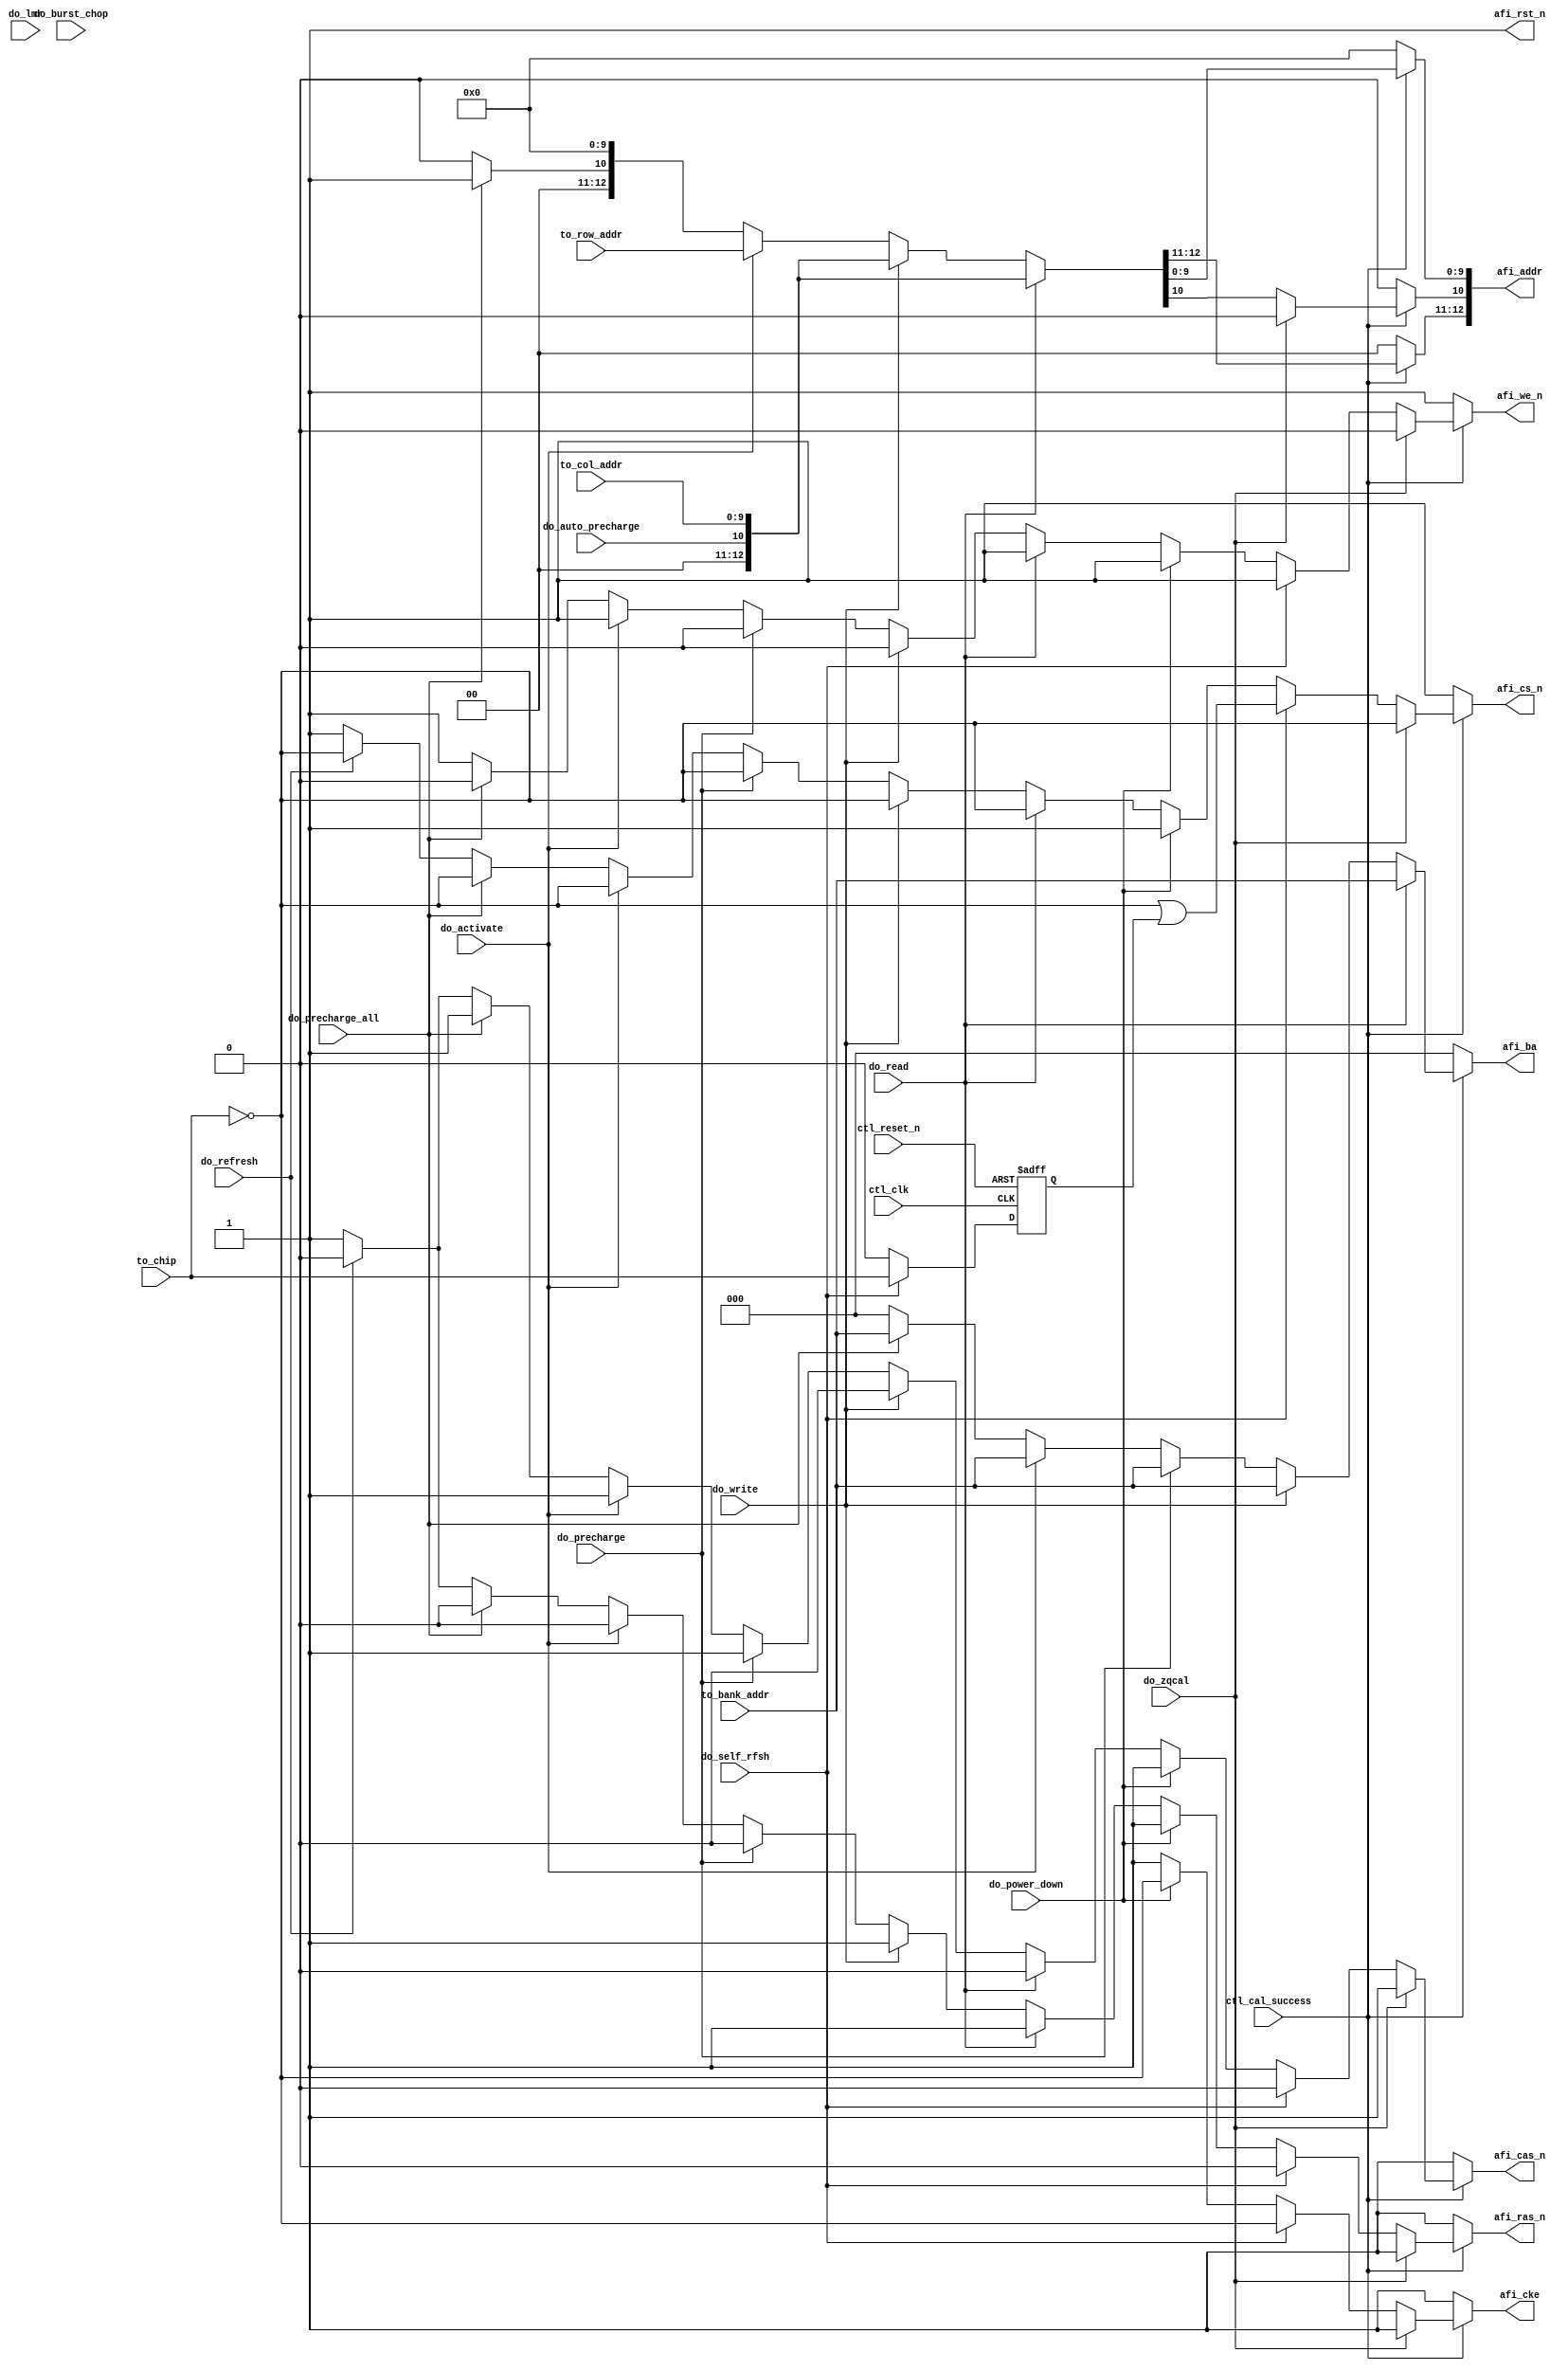
//Legal Notice: (C)2010 Altera Corporation. All rights reserved.  Your
//use of Altera Corporation's design tools, logic functions and other
//software and tools, and its AMPP partner logic functions, and any
//output files any of the foregoing (including device programming or
//simulation files), and any associated documentation or information are
//expressly subject to the terms and conditions of the Altera Program
//License Subscription Agreement or other applicable license agreement,
//including, without limitation, that your use is for the sole purpose
//of programming logic devices manufactured by Altera and sold by Altera
//or its authorized distributors.  Please refer to the applicable
//agreement for further details.

///////////////////////////////////////////////////////////////////////////////
// Title         : DDR controller address and command decoder
//
//
// Abstract      : Address and command decoder
///////////////////////////////////////////////////////////////////////////////

`timescale 1 ps / 1 ps
//__ACDS_USER_COMMENT__ altera message_off 10036
module alt_ddrx_addr_cmd
    # (parameter
    
        // memory interface bus sizing parameters
        MEM_IF_CS_WIDTH     = 1,
        MEM_IF_CKE_WIDTH    = 1,  // same width as CS_WIDTH
        MEM_IF_ADDR_WIDTH   = 13, // max supported address bits, must be >= row bits
        MEM_IF_ROW_WIDTH    = 13, // max supported row bits
        MEM_IF_COL_WIDTH    = 10, // max supported column bits  
        MEM_IF_BA_WIDTH     = 3,  // max supported bank bits
        MEM_TYPE            = "DDR2",
        MEM_IF_PCHADDR_BIT  = 10,
        CTL_OUTPUT_REGD     = 0,
        DWIDTH_RATIO        = 2
    
    )
    (
    
        ctl_clk,
        ctl_reset_n,
        ctl_cal_success,
        
        // state machine command inputs
        do_write,
        do_read,
        do_auto_precharge,
        do_burst_chop,
        do_activate,
        do_precharge,
        do_refresh,
        do_power_down,
        do_self_rfsh,
        do_lmr,
        do_precharge_all,
        do_zqcal,
        
        // address information
        to_chip, // active high input (one hot)
        to_bank_addr,
        to_row_addr,
        to_col_addr,
        
        //output
        afi_cke,
        afi_cs_n,
        afi_ras_n,
        afi_cas_n,
        afi_we_n,
        afi_ba,
        afi_addr,
        afi_rst_n
    );
    
    input ctl_clk;
    input ctl_reset_n;
    input ctl_cal_success;
    
    // state machine command inputs
    input do_write;
    input do_read;
    input do_auto_precharge;
    input do_burst_chop;
    input do_activate;
    input do_precharge;
    input do_refresh;
    input do_power_down;
    input do_self_rfsh;
    input do_lmr;
    input do_precharge_all;
    input do_zqcal;
    
    input   [MEM_IF_CS_WIDTH-1:0]   to_chip;
    input   [MEM_IF_BA_WIDTH-1:0]   to_bank_addr;
    input   [MEM_IF_ROW_WIDTH-1:0]  to_row_addr;
    input   [MEM_IF_COL_WIDTH-1:0]  to_col_addr;
    
    //output
    output  [(MEM_IF_CKE_WIDTH * (DWIDTH_RATIO/2)) - 1:0]   afi_cke;
    output  [(MEM_IF_CS_WIDTH * (DWIDTH_RATIO/2)) - 1:0]    afi_cs_n;
    output  [(DWIDTH_RATIO/2) - 1:0]                        afi_ras_n;
    output  [(DWIDTH_RATIO/2) - 1:0]                        afi_cas_n;
    output  [(DWIDTH_RATIO/2) - 1:0]                        afi_we_n;
    output  [(MEM_IF_BA_WIDTH * (DWIDTH_RATIO/2)) - 1:0]    afi_ba;
    output  [(MEM_IF_ADDR_WIDTH * (DWIDTH_RATIO/2)) - 1:0]  afi_addr;
    output  [(DWIDTH_RATIO/2) - 1:0]                        afi_rst_n;
    
    wire do_write;
    wire do_read;
    wire do_activate;
    wire do_precharge;
    wire do_refresh;
    wire do_power_down;
    wire do_self_rfsh;
    wire do_lmr;
    wire do_auto_precharge;
    wire do_precharge_all;
    
    wire    [(MEM_IF_CKE_WIDTH * (DWIDTH_RATIO/2)) - 1:0]   afi_cke;
    wire    [(MEM_IF_CS_WIDTH * (DWIDTH_RATIO/2)) - 1:0]    afi_cs_n;
    wire    [(DWIDTH_RATIO/2) - 1:0]                        afi_ras_n;
    wire    [(DWIDTH_RATIO/2) - 1:0]                        afi_cas_n;
    wire    [(DWIDTH_RATIO/2) - 1:0]                        afi_we_n;
    wire    [(MEM_IF_BA_WIDTH * (DWIDTH_RATIO/2)) - 1:0]    afi_ba;
    wire    [(MEM_IF_ADDR_WIDTH * (DWIDTH_RATIO/2)) - 1:0]  afi_addr;
    wire    [(DWIDTH_RATIO/2) - 1:0]                        afi_rst_n;
    
    reg [(MEM_IF_CKE_WIDTH) - 1:0]      int_cke;
    reg [(MEM_IF_CKE_WIDTH) - 1:0]      int_cke_r;
    reg [(MEM_IF_CS_WIDTH) - 1:0]       int_cs_n;
    reg                                 int_ras_n;
    reg                                 int_cas_n;
    reg                                 int_we_n;
    reg [(MEM_IF_BA_WIDTH) - 1:0]       int_ba;
    reg [(MEM_IF_ADDR_WIDTH) - 1:0]     int_addr;
    
    reg [(MEM_IF_CKE_WIDTH) - 1:0]      combi_cke;
    reg [(MEM_IF_CS_WIDTH) - 1:0]       combi_cs_n;
    reg                                 combi_ras_n;
    reg                                 combi_cas_n;
    reg                                 combi_we_n;
    reg [(MEM_IF_BA_WIDTH) - 1:0]       combi_ba;
    reg [(MEM_IF_ADDR_WIDTH) - 1:0]     combi_addr;
    
    wire    [(MEM_IF_ADDR_WIDTH) - 1:0] int_row;
    wire    [(MEM_IF_ADDR_WIDTH) - 1:0] temp_col;
    wire    [(MEM_IF_ADDR_WIDTH) - 1:0] int_col;

    reg [MEM_IF_CS_WIDTH-1:0]   chip_in_self_rfsh;
    
    assign int_row = {{(MEM_IF_ADDR_WIDTH - MEM_IF_ROW_WIDTH){1'b0}},to_row_addr};
    assign temp_col = {{(MEM_IF_ADDR_WIDTH - MEM_IF_COL_WIDTH){1'b0}},to_col_addr};
    assign afi_rst_n = {(DWIDTH_RATIO/2){1'b1}};
    
    generate
        if (MEM_TYPE == "DDR3" && MEM_IF_ADDR_WIDTH-3 < 11)
            assign int_col = {~do_burst_chop,temp_col[10:MEM_IF_PCHADDR_BIT],do_auto_precharge,temp_col[MEM_IF_PCHADDR_BIT-1:0]};
        else if (MEM_TYPE == "DDR3")
            assign int_col = {temp_col[MEM_IF_ADDR_WIDTH-3:11],~do_burst_chop,temp_col[10:MEM_IF_PCHADDR_BIT],do_auto_precharge,temp_col[MEM_IF_PCHADDR_BIT-1:0]};
        else if (MEM_IF_ADDR_WIDTH-2 < MEM_IF_PCHADDR_BIT)
            assign int_col = {do_auto_precharge,temp_col[MEM_IF_PCHADDR_BIT-1:0]};
        else
            assign int_col = {temp_col[MEM_IF_ADDR_WIDTH-2:MEM_IF_PCHADDR_BIT],do_auto_precharge,temp_col[MEM_IF_PCHADDR_BIT-1:0]};
    endgenerate
    
    generate
        if (DWIDTH_RATIO == 2)
            begin
                assign afi_cke      = int_cke;
                assign afi_cs_n     = int_cs_n;
                assign afi_ras_n    = int_ras_n;
                assign afi_cas_n    = int_cas_n;
                assign afi_we_n     = int_we_n;
                assign afi_ba       = int_ba;
                assign afi_addr     = int_addr;
            end
        else
            begin
                assign afi_cke      = {int_cke,int_cke_r};
                assign afi_cs_n     = {int_cs_n,{MEM_IF_CS_WIDTH{1'b1}}};
                assign afi_ras_n    = {int_ras_n,int_ras_n};
                assign afi_cas_n    = {int_cas_n,int_cas_n};
                assign afi_we_n     = {int_we_n,int_we_n};
                assign afi_ba       = {int_ba,int_ba};
                assign afi_addr     = {int_addr,int_addr};
            end
    endgenerate
    
    always @(posedge ctl_clk, negedge ctl_reset_n)
        begin
            if (!ctl_reset_n)
                int_cke_r   <=  {(MEM_IF_CKE_WIDTH){1'b0}};
            else
                int_cke_r   <=  int_cke;
        end
   
    always @(posedge ctl_clk, negedge ctl_reset_n)
        begin
            if (!ctl_reset_n)
                chip_in_self_rfsh   <=  {(MEM_IF_CS_WIDTH){1'b0}};
            else
                if (do_self_rfsh)
                    chip_in_self_rfsh   <=  to_chip;
                else
                    chip_in_self_rfsh   <=  {(MEM_IF_CS_WIDTH){1'b0}};
        end
   


    generate
        if (CTL_OUTPUT_REGD == 1)
            begin
                always @(posedge ctl_clk, negedge ctl_reset_n)
                    begin
                        if (!ctl_reset_n)
                            begin
                                int_cke     <=  {(MEM_IF_CKE_WIDTH){1'b1}};
                                int_cs_n    <=  {(MEM_IF_CS_WIDTH){1'b1}};
                                int_ras_n   <=  1'b1;
                                int_cas_n   <=  1'b1;
                                int_we_n    <=  1'b1;
                                int_ba      <=  {(MEM_IF_BA_WIDTH){1'b0}};
                                int_addr    <=  {(MEM_IF_ADDR_WIDTH){1'b0}};
                            end
                        else
                            begin
                                int_cke     <=  combi_cke;
                                int_cs_n    <=  combi_cs_n;
                                int_ras_n   <=  combi_ras_n;
                                int_cas_n   <=  combi_cas_n;
                                int_we_n    <=  combi_we_n;
                                int_ba      <=  combi_ba;
                                int_addr    <=  combi_addr;
                            end
                    end
            end
        else // no register
            begin
                always @(*)
                    begin
                        int_cke     <=  combi_cke;
                        int_cs_n    <=  combi_cs_n;
                        int_ras_n   <=  combi_ras_n;
                        int_cas_n   <=  combi_cas_n;
                        int_we_n    <=  combi_we_n;
                        int_ba      <=  combi_ba;
                        int_addr    <=  combi_addr;
                    end
            end
    endgenerate
    
    always @(*)
        begin
            if (ctl_cal_success)
                begin
                    combi_cke     =   {(MEM_IF_CKE_WIDTH){1'b1}};
                    combi_cs_n    =   {(MEM_IF_CS_WIDTH){1'b1}};
                    combi_ras_n   =   1'b1;
                    combi_cas_n   =   1'b1;
                    combi_we_n    =   1'b1;
                    combi_ba      =   {(MEM_IF_BA_WIDTH){1'b0}};
                    combi_addr    =   {(MEM_IF_ADDR_WIDTH){1'b0}};
                    
                    if (do_refresh)
                        begin
                            combi_cke     =  {(MEM_IF_CKE_WIDTH){1'b1}};
                            combi_cs_n    =  ~to_chip;
                            combi_ras_n   =  1'b0;
                            combi_cas_n   =  1'b0;
                            combi_we_n    =  1'b1;
                        end
                    
                    if (do_precharge_all)
                        begin
                            combi_cke     =  {(MEM_IF_CKE_WIDTH){1'b1}};
                            combi_cs_n    =  ~to_chip;
                            combi_ras_n   =  1'b0;
                            combi_cas_n   =  1'b1;
                            combi_we_n    =  1'b0;
                            combi_ba      =  to_bank_addr;
                            combi_addr[10]=  1'b1;
                        end
                    
                    if (do_activate)
                        begin
                            combi_cke     =  {(MEM_IF_CKE_WIDTH){1'b1}};
                            combi_cs_n    =  ~to_chip;
                            combi_ras_n   =  1'b0;
                            combi_cas_n   =  1'b1;
                            combi_we_n    =  1'b1;
                            combi_ba      =  to_bank_addr;
                            combi_addr    =  int_row;
                        end
                    
                    if (do_precharge)
                        begin
                            combi_cke     =  {(MEM_IF_CKE_WIDTH){1'b1}};
                            combi_cs_n    =  ~to_chip;
                            combi_ras_n   =  1'b0;
                            combi_cas_n   =  1'b1;
                            combi_we_n    =  1'b0;
                            combi_ba      =  to_bank_addr;
                        end
                    
                    if (do_write)
                        begin
                            combi_cke     =  {(MEM_IF_CKE_WIDTH){1'b1}};
                            combi_cs_n    =  ~to_chip;
                            combi_ras_n   =  1'b1;
                            combi_cas_n   =  1'b0;
                            combi_we_n    =  1'b0;
                            combi_ba      =  to_bank_addr;
                            combi_addr    =  int_col;
                        end
                    
                    if (do_read)
                        begin
                            combi_cke     =  {(MEM_IF_CKE_WIDTH){1'b1}};
                            combi_cs_n    =  ~to_chip;
                            combi_ras_n   =  1'b1;
                            combi_cas_n   =  1'b0;
                            combi_we_n    =  1'b1;
                            combi_ba      =  to_bank_addr;
                            combi_addr    =  int_col;
                        end
                    
                    if (do_power_down)
                        begin
                            combi_cke     =  ~to_chip;
                            combi_cs_n    =  {(MEM_IF_CS_WIDTH){1'b1}};
                            combi_ras_n   =  1'b1;
                            combi_cas_n   =  1'b1;
                            combi_we_n    =  1'b1;
                        end
                    
                    if (do_self_rfsh)
                        begin
                            combi_cke     =  ~to_chip;
                            combi_cs_n    =  (~to_chip | chip_in_self_rfsh);
                            combi_ras_n   =  1'b0;
                            combi_cas_n   =  1'b0;
                            combi_we_n    =  1'b1;
                        end
                    
                    if (do_zqcal)
                        begin
                            combi_cke     =  {(MEM_IF_CKE_WIDTH){1'b1}};
                            combi_cs_n    =  ~to_chip;
                            combi_ras_n   =  1'b1;
                            combi_cas_n   =  1'b1;
                            combi_we_n    =  1'b0;
                            combi_addr[10]=  1'b0; // short ZQcal
                        end
                end
            else
                begin
                    combi_cke     =  {(MEM_IF_CKE_WIDTH){1'b1}};
                    combi_cs_n    =  {(MEM_IF_CS_WIDTH){1'b1}};
                    combi_ras_n   =  1'b1;
                    combi_cas_n   =  1'b1;
                    combi_we_n    =  1'b1;
                    combi_ba      =  {(MEM_IF_BA_WIDTH){1'b0}};
                    combi_addr    =  {(MEM_IF_ADDR_WIDTH){1'b0}};
                end
        end

endmodule